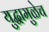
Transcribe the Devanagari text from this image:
युद्धामुळेच